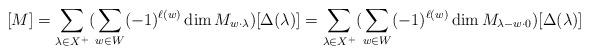
LaTeX: \begin{align*}[M] = \sum_{\lambda \in X^+}(\sum_{w \in W} (-1)^{\ell(w)} \dim M_{w \cdot \lambda}) [\Delta(\lambda)] = \sum_{\lambda \in X^+}(\sum_{w \in W}(-1)^{\ell(w)} \dim M_{\lambda -w \cdot 0}) [\Delta(\lambda)]\end{align*}